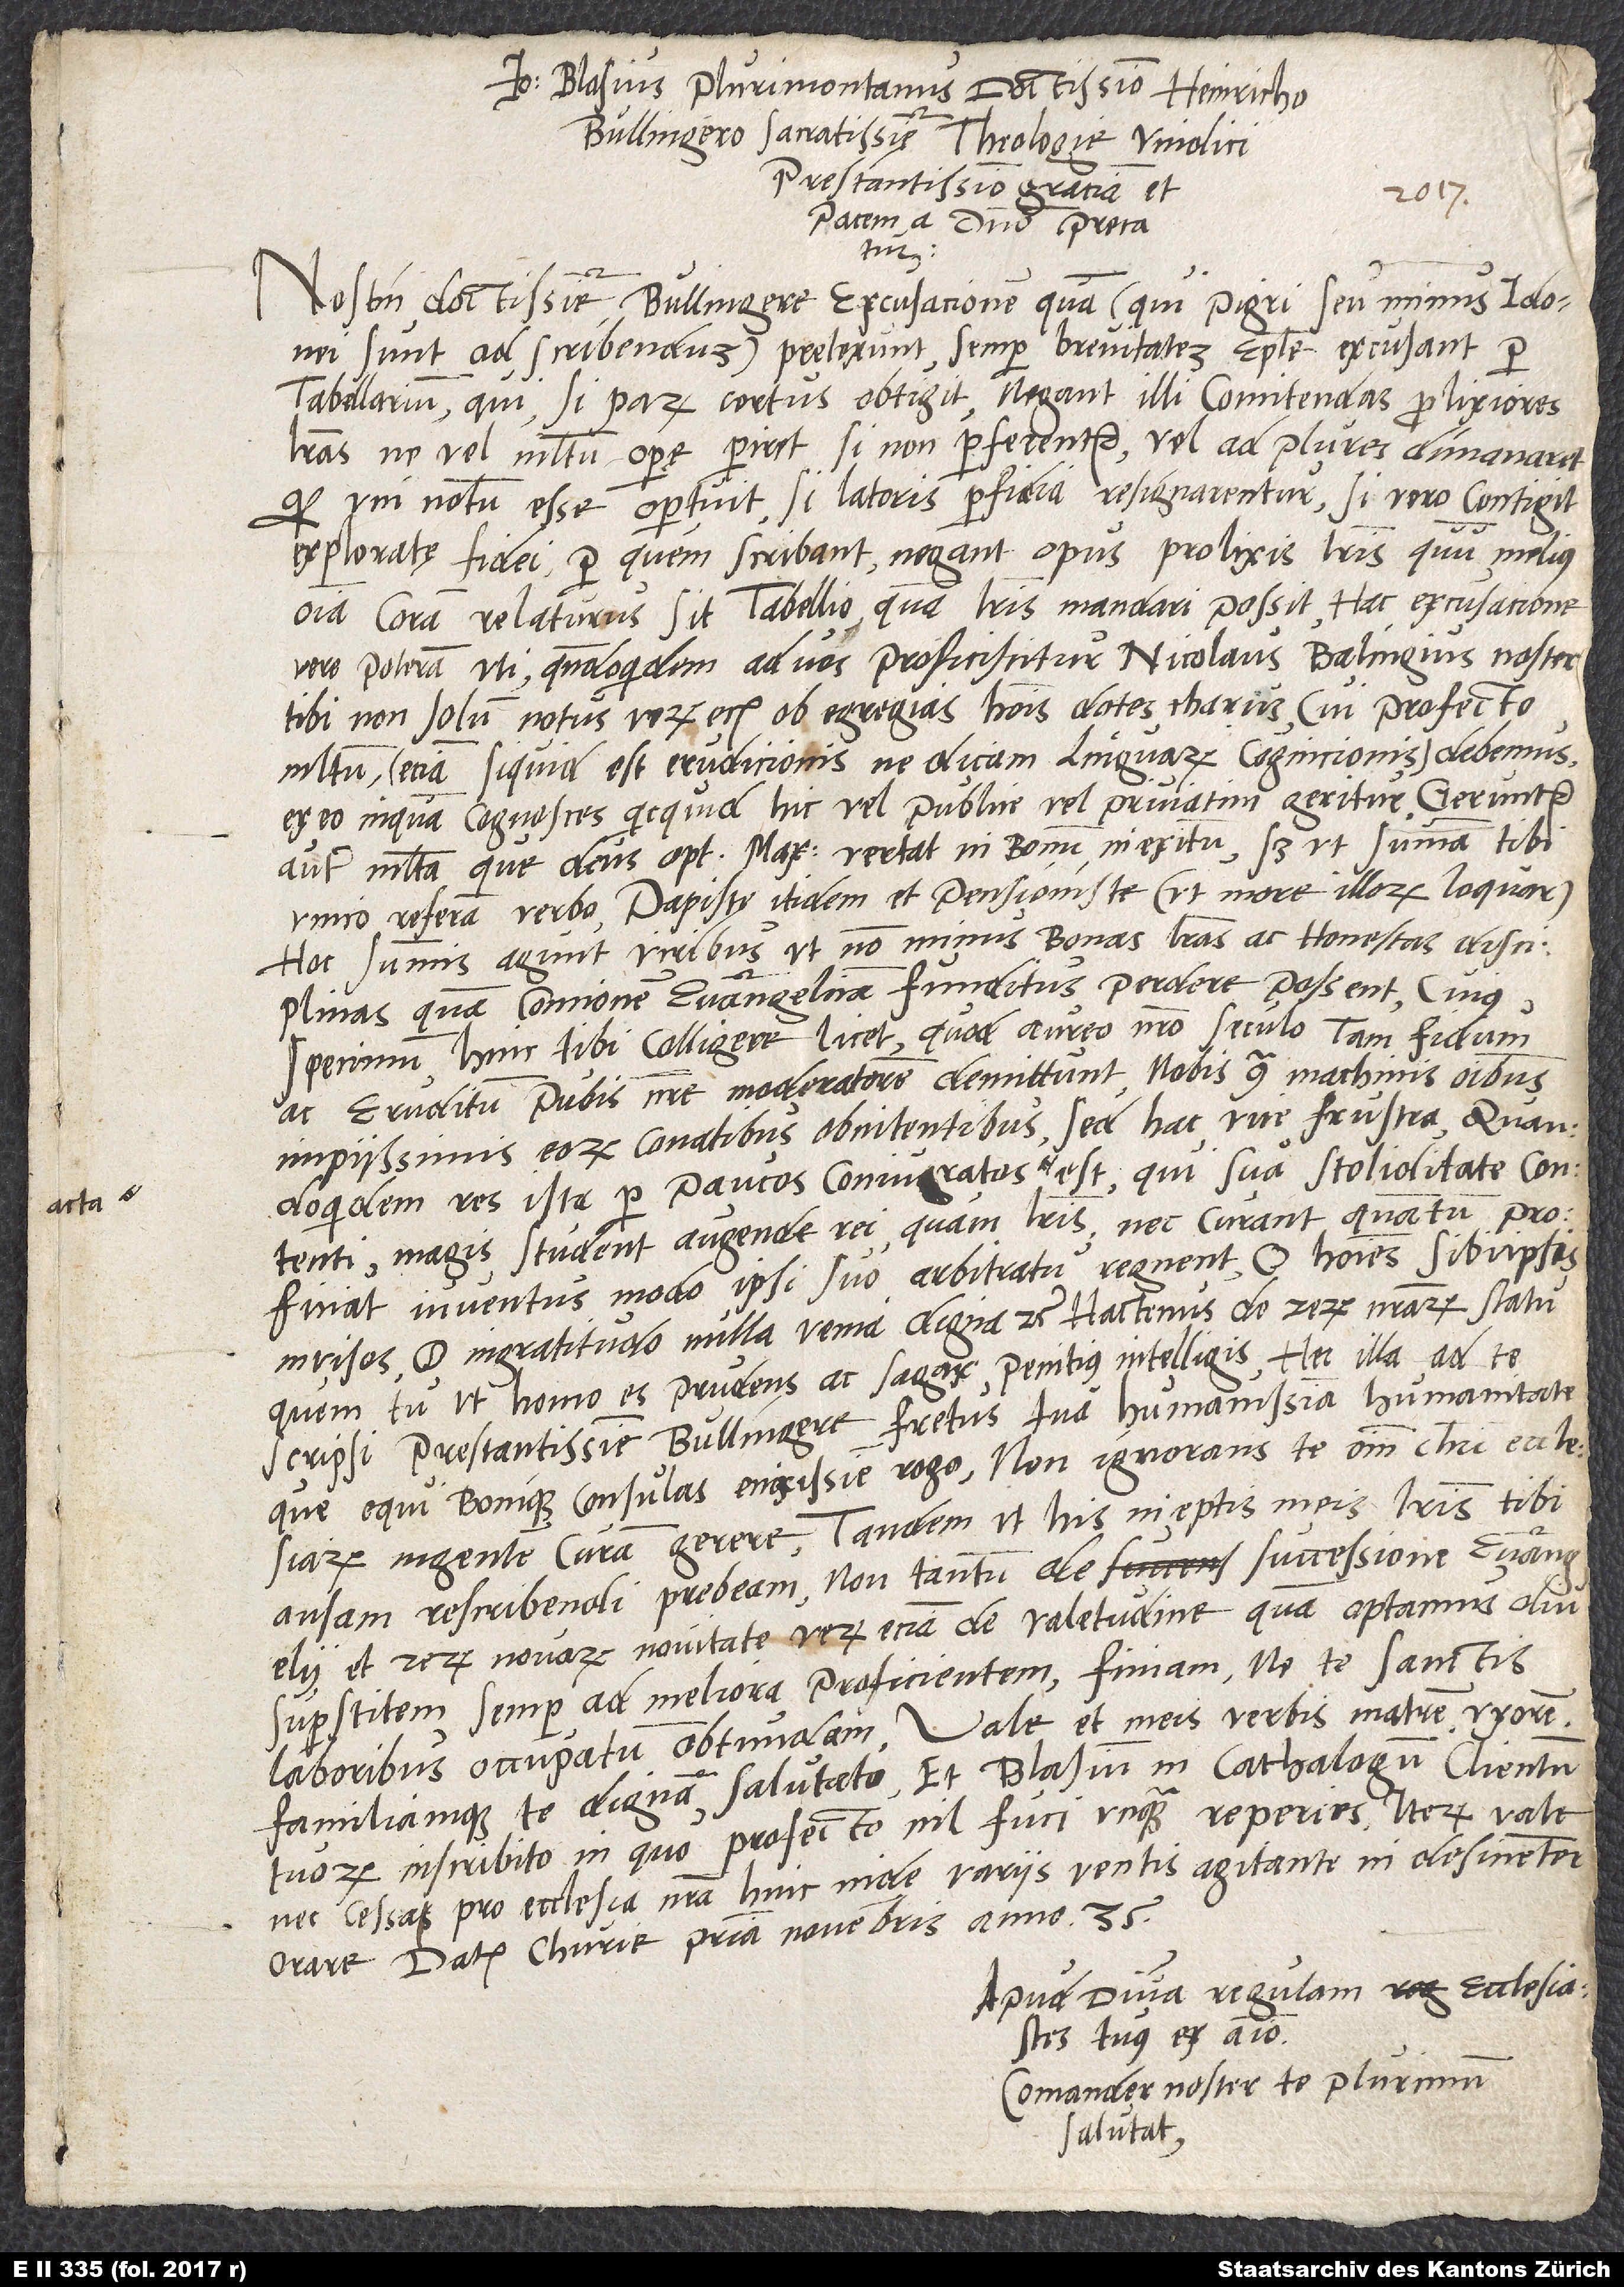
Io Blasius Plurimontanus doctissimo Heinricho
Bullingero, sacratissimę theologie vindici
prestantissimo, graciam et
pacem a domino precatur.
Nostin, doctissime Bullingere, excusationem, quam (qui pigri seu minus idonei
sunt ad scribendum) pretexunt? Semper brevitatem epistole excusant
tabellarium, qui si parum certus obtigit, negant illi comitendas prolixiores
literas, ne vel multum operę periret, si non perferentur, vel ad plures dimanaret,
quod uni notum esse oportuit, si latoris perfidia resignarentur. Si vero contigit
exploratę fidei, per quem scribant, negant opus prolixis literis, quum melius
omnia coram relaturus sit tabellio, quam literis mandari possit. Hac excusacione
vere poteram uti, quandoquidem ad vos proficiscitur Nicolaus Balingius noster,
tibi non solum notus, verum eciam ob egregias hominis dotes charus, cui profecto
multum (eciam si quid est erudicionis, ne dicam linguarum cognicionis) debemus.
Ex eo, inquam, cognosces, quicquid hic vel publice vel privatim geritur. Geruntur
autem multa, que deus optimus maximus vertat in bonum in exitum, scilicet ut summam tibi
unico referam verbo: Papistę itidem et pensioniste (ut more illorum loquar)
hoc summis agunt viribus, ut non minus bonas literas ac honestas disciplinas
quam concionem evangelicam funditus perdere possent, cuius
specimen hinc tibi colligere licet, quod aureo nostro seculo tam fidum
ac eruditum pubis nostre moderatorem demittunt nobis contra machinis omnibus
impiissimis eorum conatibus obnitentibus, sed hac vice frustra, quandoquidem
res ista per paucos coniuratos cta est, qui sua stoliditate contenti
magis student augende rei quam literis nec curant, quantum proficiat
iuventus, modo ipsi suo arbitratu regnent. O homines sibi ipsis
invisos, o ingratitudo nulla venia digna! etc. Hactenus de rerum nostrarum statu,
quem tu, ut homo es prudens ac sagax, penitius intelligis. Hec illa ad te
scripsi, prestantissime Bullingere, fretus tua humanissima humanitate,
que equi bonique consulas, enixissime rogo non ignorans te omnium Christi ecclesiarum
ingentem curam gerere, tandem ut his ineptis meis literis tibi
ansam rescribendi prebeam non tantum de successione evangelii
rerum novarum novitate, verum eciam de valetudine, quam optamus diu
superstitem, semper ad meliora proficientem. Finiam, ne te sanctis
laboribus occupatum obtundam. Vale et meis verbis matrem, uxorem
familiamque te dignam salutato et Blasium in cathalogum clientum
tuorum inscribito, in quo profecto nil fuci unquam reperies. Iterum vale
nec cessa pro ecclesia nostra hinc inde varus ventis agitante indesinenter
orare. Datum Churie, prima novembris anno 35.
Apud divam Regulam ecclesiastes
tuus ex animo.
Comander noster te plurimum
salutat.